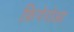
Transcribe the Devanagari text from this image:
फ़िगेरोआ